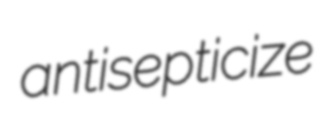
antisepticize